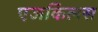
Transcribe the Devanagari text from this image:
एजकिलस